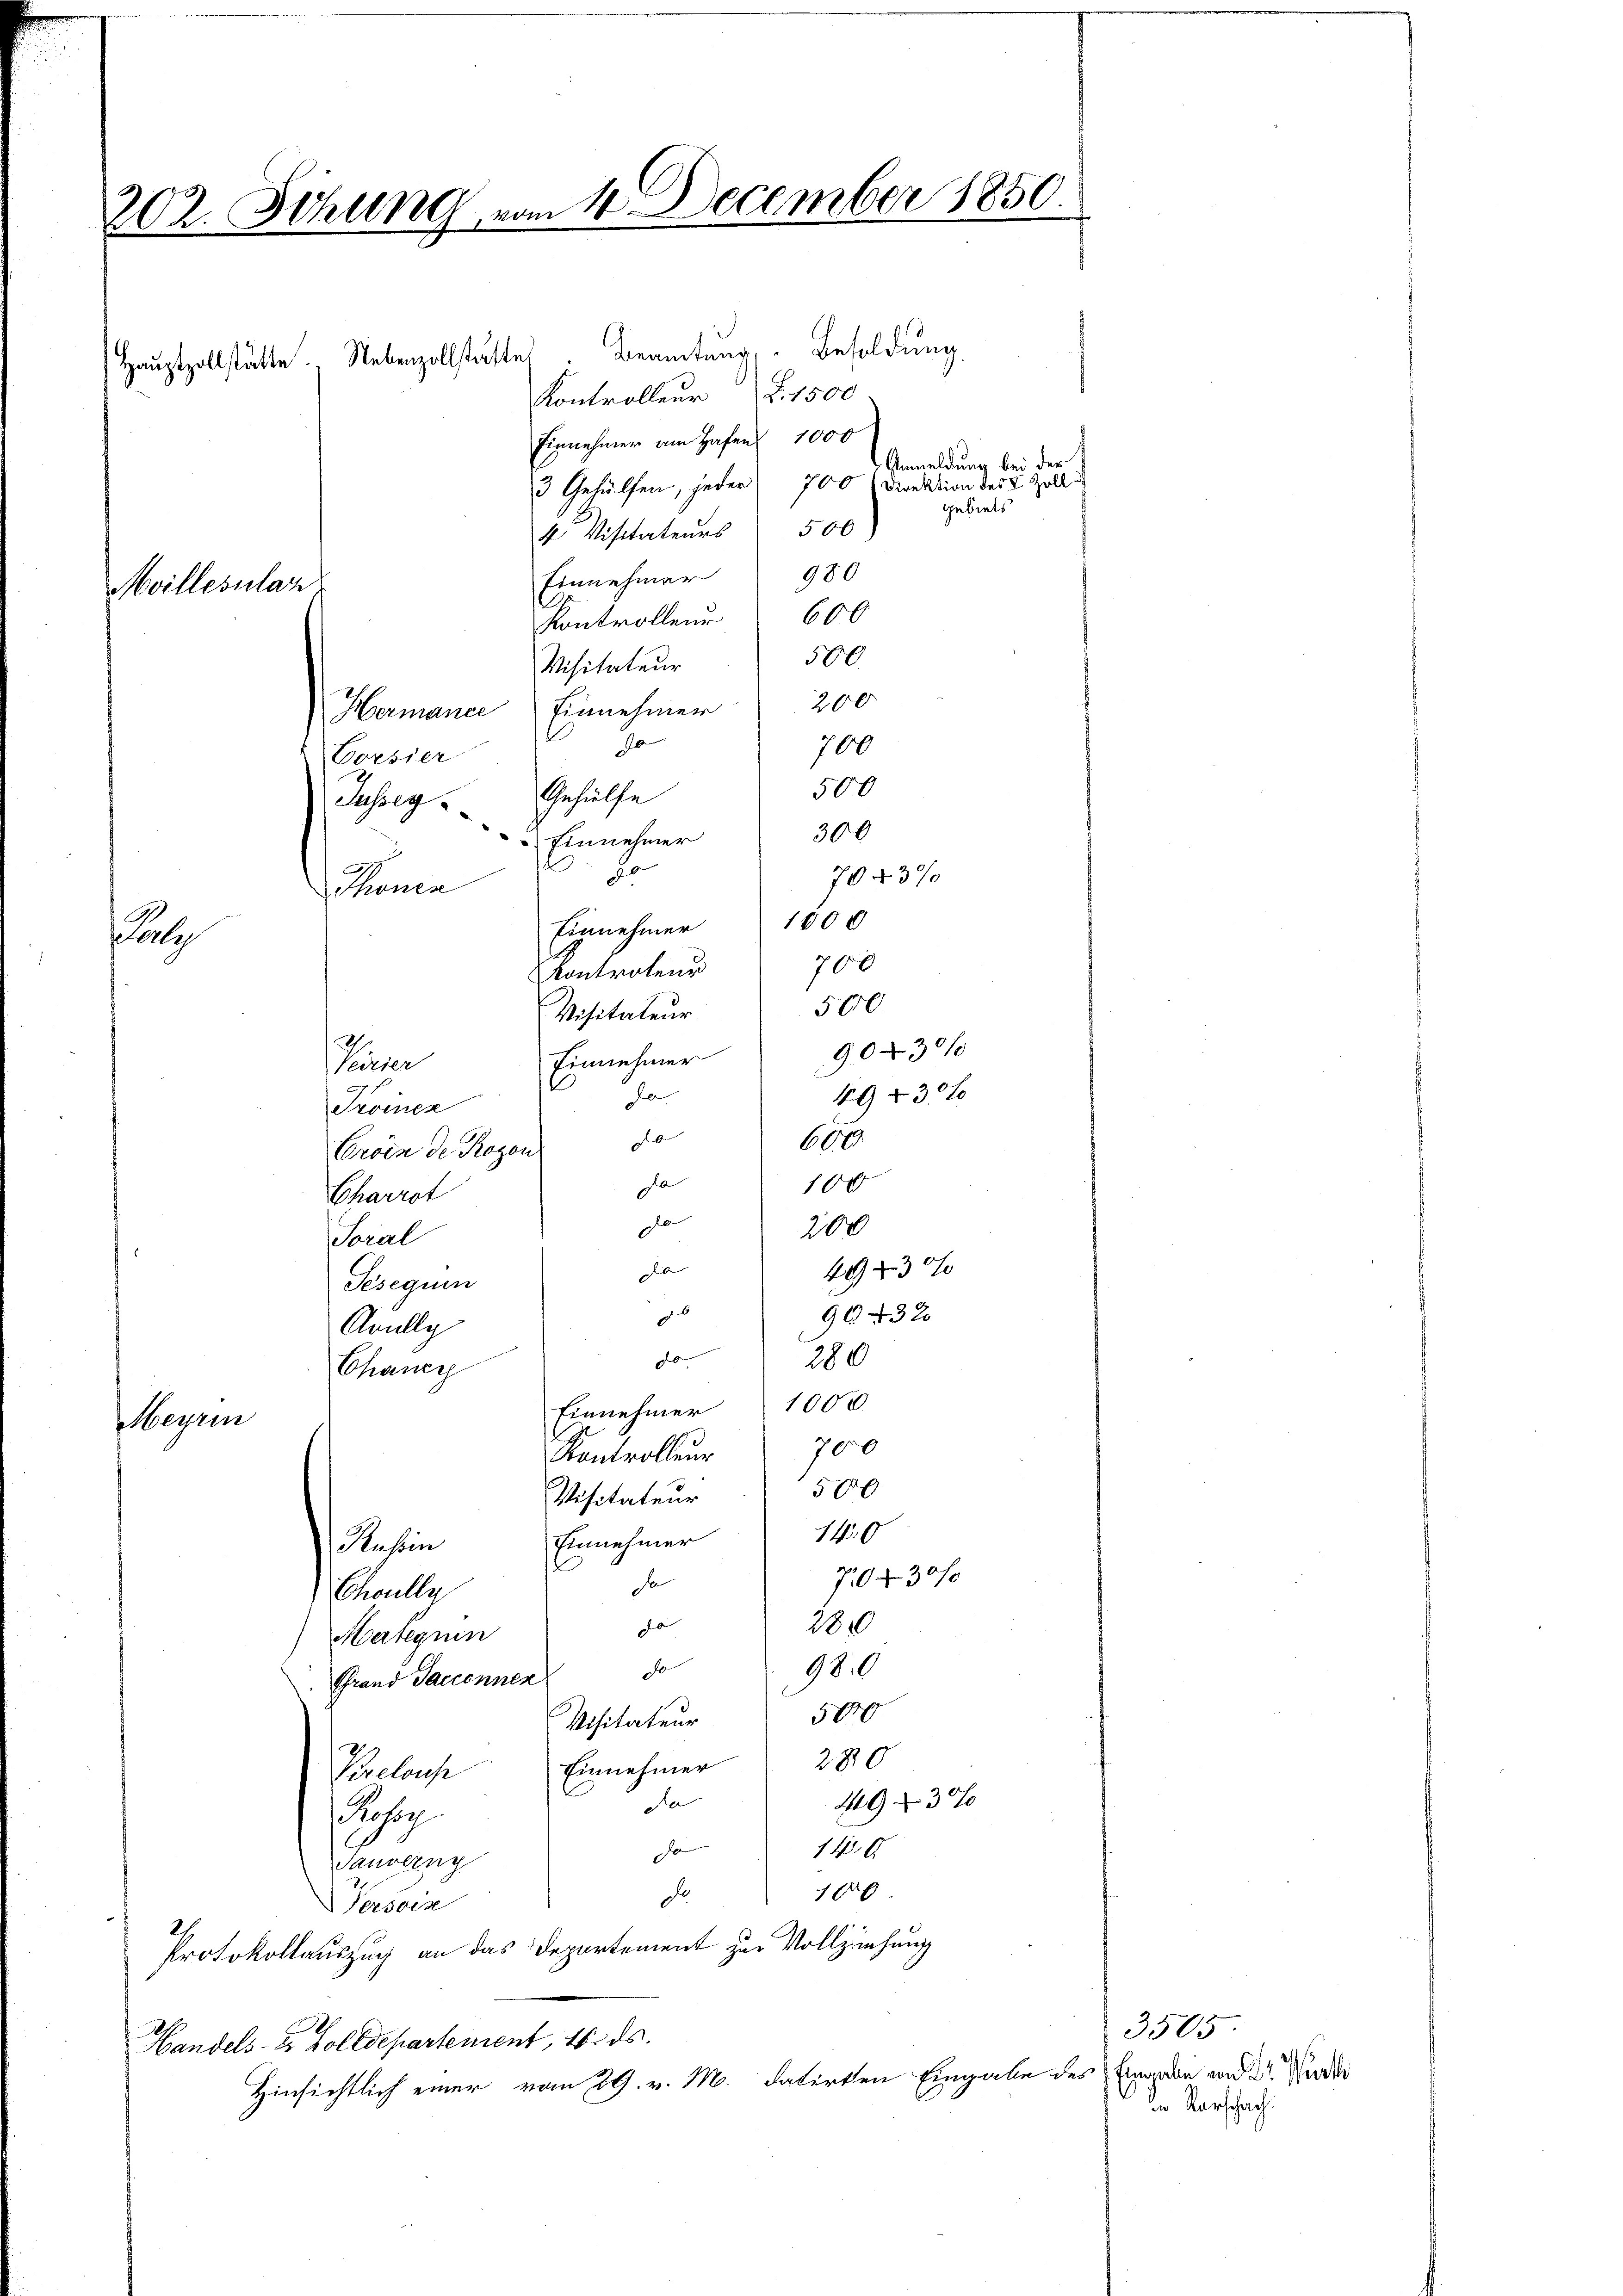
Mvillesular

¬
202. Sitzung vom 10. December 1850.

Einnehmer am Hafen 1000
3 Gehülfen, jeder 700 (Direktion des L. Zoll i
4 Visitateurs 500)
Einnehmer 980
Kontrollen 600
500
Visitateur
200
Hermance Einnehmer
a
700
Corsier
500
Jasseg Gehülfe
300
Einnehmer
20
7043%
ckenen
Einnehmer 1500
Kontrolens
Visitateur
903/
Einnehmer
Tirier
49530 f
da
Troinex
b
600
Croix de Rozon
da
100
Charrot
de
300
Soral
4943

Teseguin
deb
90432
Avully
280
20.
Chaner
Einnehmer 1000.
eyen
700
Kontrolleur
500
Visitateur
140
Einnehmer
Ausein
70430 f
d
Echoully
 |
2800
Haseguin
do
980
Grand Taciennen
500
Visitateur
280
Einnehmer
Puelause
493
da
charg
do
140
Sauverny
180
Fr
Persoix
Protokollauszug an das Departement zur Vollziehung
Handels- & Zolldepartement, 16. ds.
Hinsichtlich einer vom 29. v. M. datirten Eingabe des Eingabe und Dr. Wider

al

Beamtung, Besoldung
Haŭptzollstätte. Nebenzollstätte
Kontrolleur d. 1500

700
500

Anmeldung bei der B
gebiets

3505
in Rorschach.